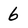
Character: 6